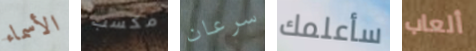
الأسماء مكسب سرعان سأعلمك ألعاب